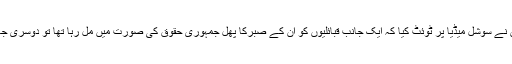
وزیراعظم کی معاون خصوصی برائے اطلاعات و نشریات ڈاکٹر فردوس عاشق اعوان نے سوشل میڈیا پر ٹوئٹ کیا کہ ایک جانب قبائلیوں کو ان کے صبرکا پھل جمہوری حقوق کی صورت میں مل رہا تھا تو دوسری جانب آئینی حقوق کا رونا رونے والے اپنے ذاتی اثاثے بچاؤ بیٹھک لگا کر بیٹھے تھے۔